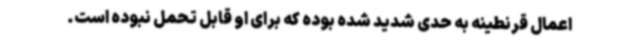
اعمال قرنطینه به حدی شدید شده بوده که برای او قابل تحمل نبوده است.